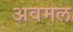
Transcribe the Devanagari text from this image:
अवमल